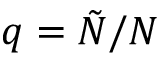
q = \tilde { N } / N